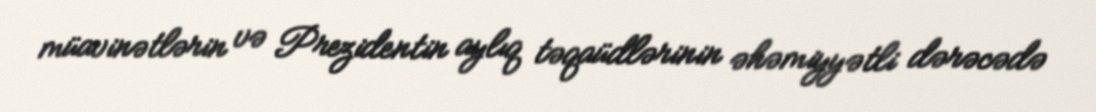
müavinətlərin və Prezidentin aylıq təqaüdlərinin əhəmiyyətli dərəcədə